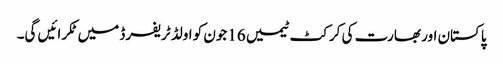
پاکستان اور بھارت کی کرکٹ ٹیمیں 16جون کو اولڈ ٹریفرڈ میں ٹکرائیں گی۔